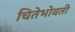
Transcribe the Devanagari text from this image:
चितेभोवती